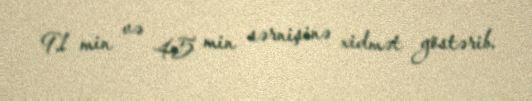
91 min və 45 min sərnişinə xidmət göstərib.